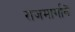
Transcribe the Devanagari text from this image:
राजमार्गानें